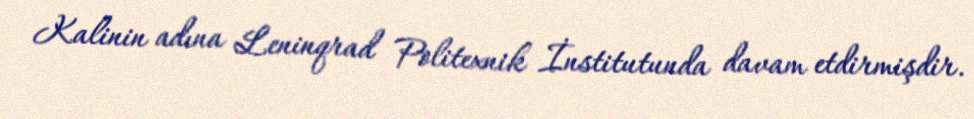
Kalinin adına Leninqrad Politexnik İnstitutunda davam etdirmişdir.